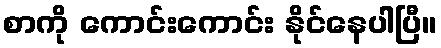
စာကို ကောင်းကောင်း နိုင်နေပါပြီ။